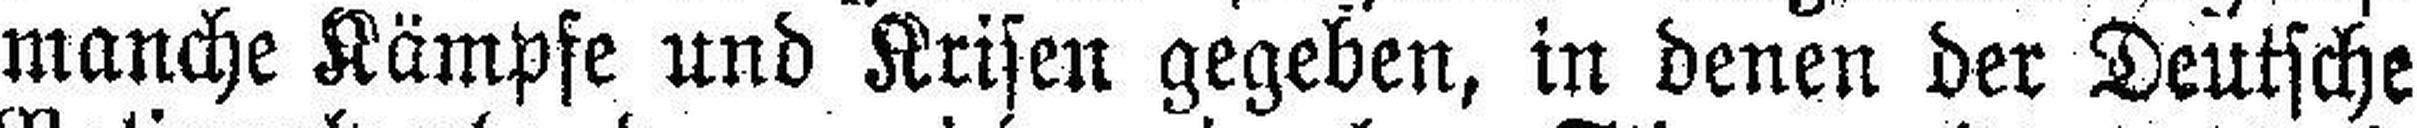
manche Kämpfe und Krisen gegeben, in denen der Deutsche